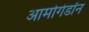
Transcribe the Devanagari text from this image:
आर्मागेडॉन